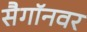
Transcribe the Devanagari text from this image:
सैगॉनवर